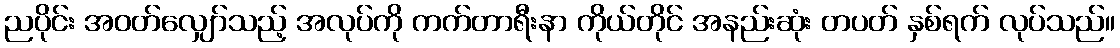
ညပိုင်း အဝတ်လျှော်သည့် အလုပ်ကို ကက်တာရီးနာ ကိုယ်တိုင် အနည်းဆုံး တပတ် နှစ်ရက် လုပ်သည်။